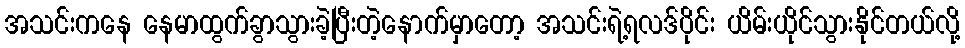
အသင်းကနေ နေမာထွက်ခွာသွားခဲ့ပြီးတဲ့နောက်မှာတော့ အသင်းရဲ့ရလဒ်ပိုင်း ယိမ်းယိုင်သွားနိုင်တယ်လို့